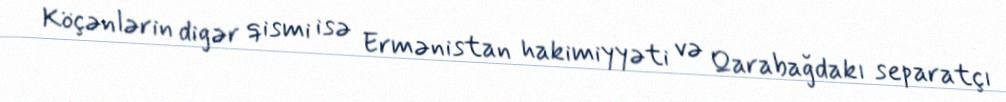
Köçənlərin digər qismi isə Ermənistan hakimiyyəti və Qarabağdakı separatçı